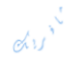
مافريك